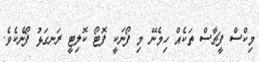
މިކްސް ފީޗާސް ތަކެއް ހިމެނޭ މި ފޯނަކީ ފޮޓޯ ކޮލިޓީ ރަނގަޅު ފޯނެކެވެ.